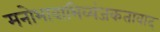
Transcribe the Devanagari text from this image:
मनोभावाभिव्यंजकतावाद